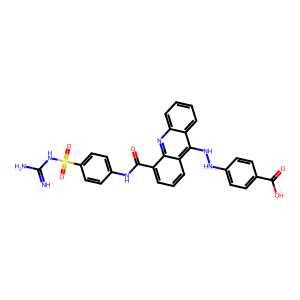
SMILES: N=C(N)NS(=O)(=O)c1ccc(NC(=O)c2cccc3c(NNc4ccc(C(=O)O)cc4)c4ccccc4nc23)cc1
Inhibits HIV replication: No